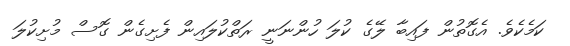
ކަމެކެވެ. އެގޮތުން ފައިބާ ލޭގެ ކުލަ ހުންނަނީ ރަތްކުލައިން ފެށިގެން ގޮސް މުށިކުލަ